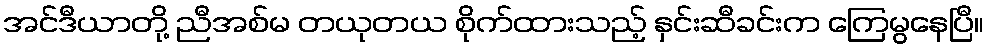
အင်ဒီယာတို့ ညီအစ်မ တယုတယ စိုက်ထားသည့် နှင်းဆီခင်းက ကြေမွနေပြီ။